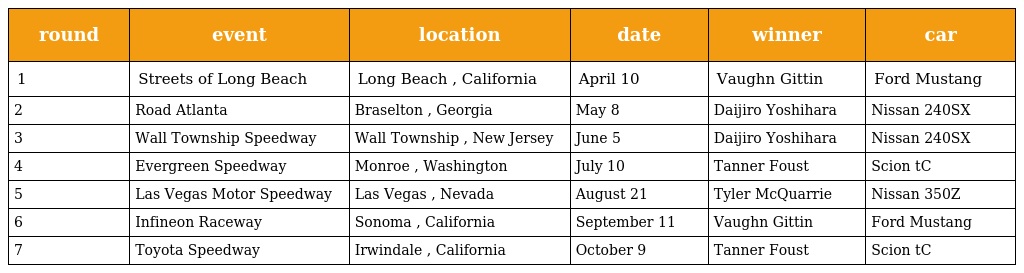
| round | event | location | date | winner | car |
 | --- | --- | --- | --- | --- | --- |
 | 1 | Streets of Long Beach | Long Beach , California | April 10 | Vaughn Gittin | Ford Mustang |
 | 2 | Road Atlanta | Braselton , Georgia | May 8 | Daijiro Yoshihara | Nissan 240SX |
 | 3 | Wall Township Speedway | Wall Township , New Jersey | June 5 | Daijiro Yoshihara | Nissan 240SX |
 | 4 | Evergreen Speedway | Monroe , Washington | July 10 | Tanner Foust | Scion tC |
 | 5 | Las Vegas Motor Speedway | Las Vegas , Nevada | August 21 | Tyler McQuarrie | Nissan 350Z |
 | 6 | Infineon Raceway | Sonoma , California | September 11 | Vaughn Gittin | Ford Mustang |
 | 7 | Toyota Speedway | Irwindale , California | October 9 | Tanner Foust | Scion tC |